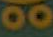
OO